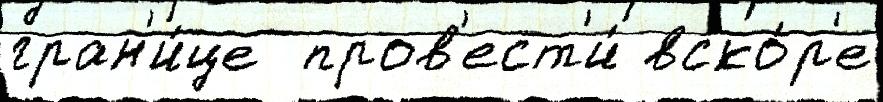
гран'и́це  пров'ест'и́ вско́р'е